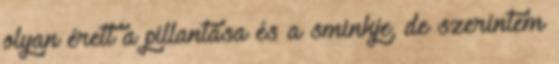
olyan érett a pillantása és a sminkje, de szerintem